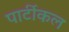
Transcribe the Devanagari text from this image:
पार्टीकल